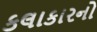
કલાકારનો